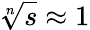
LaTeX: \sqrt[n]{s}\approx 1